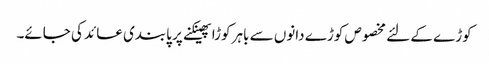
کوڑے کے لئے مخصوص کوڑے دانوں سے باہر کوڑا پھینکنے پر پابندی عائد کی جائے۔